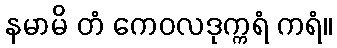
နမာမိ တံ ကေဝလဒုက္ကရံ ကရံ။